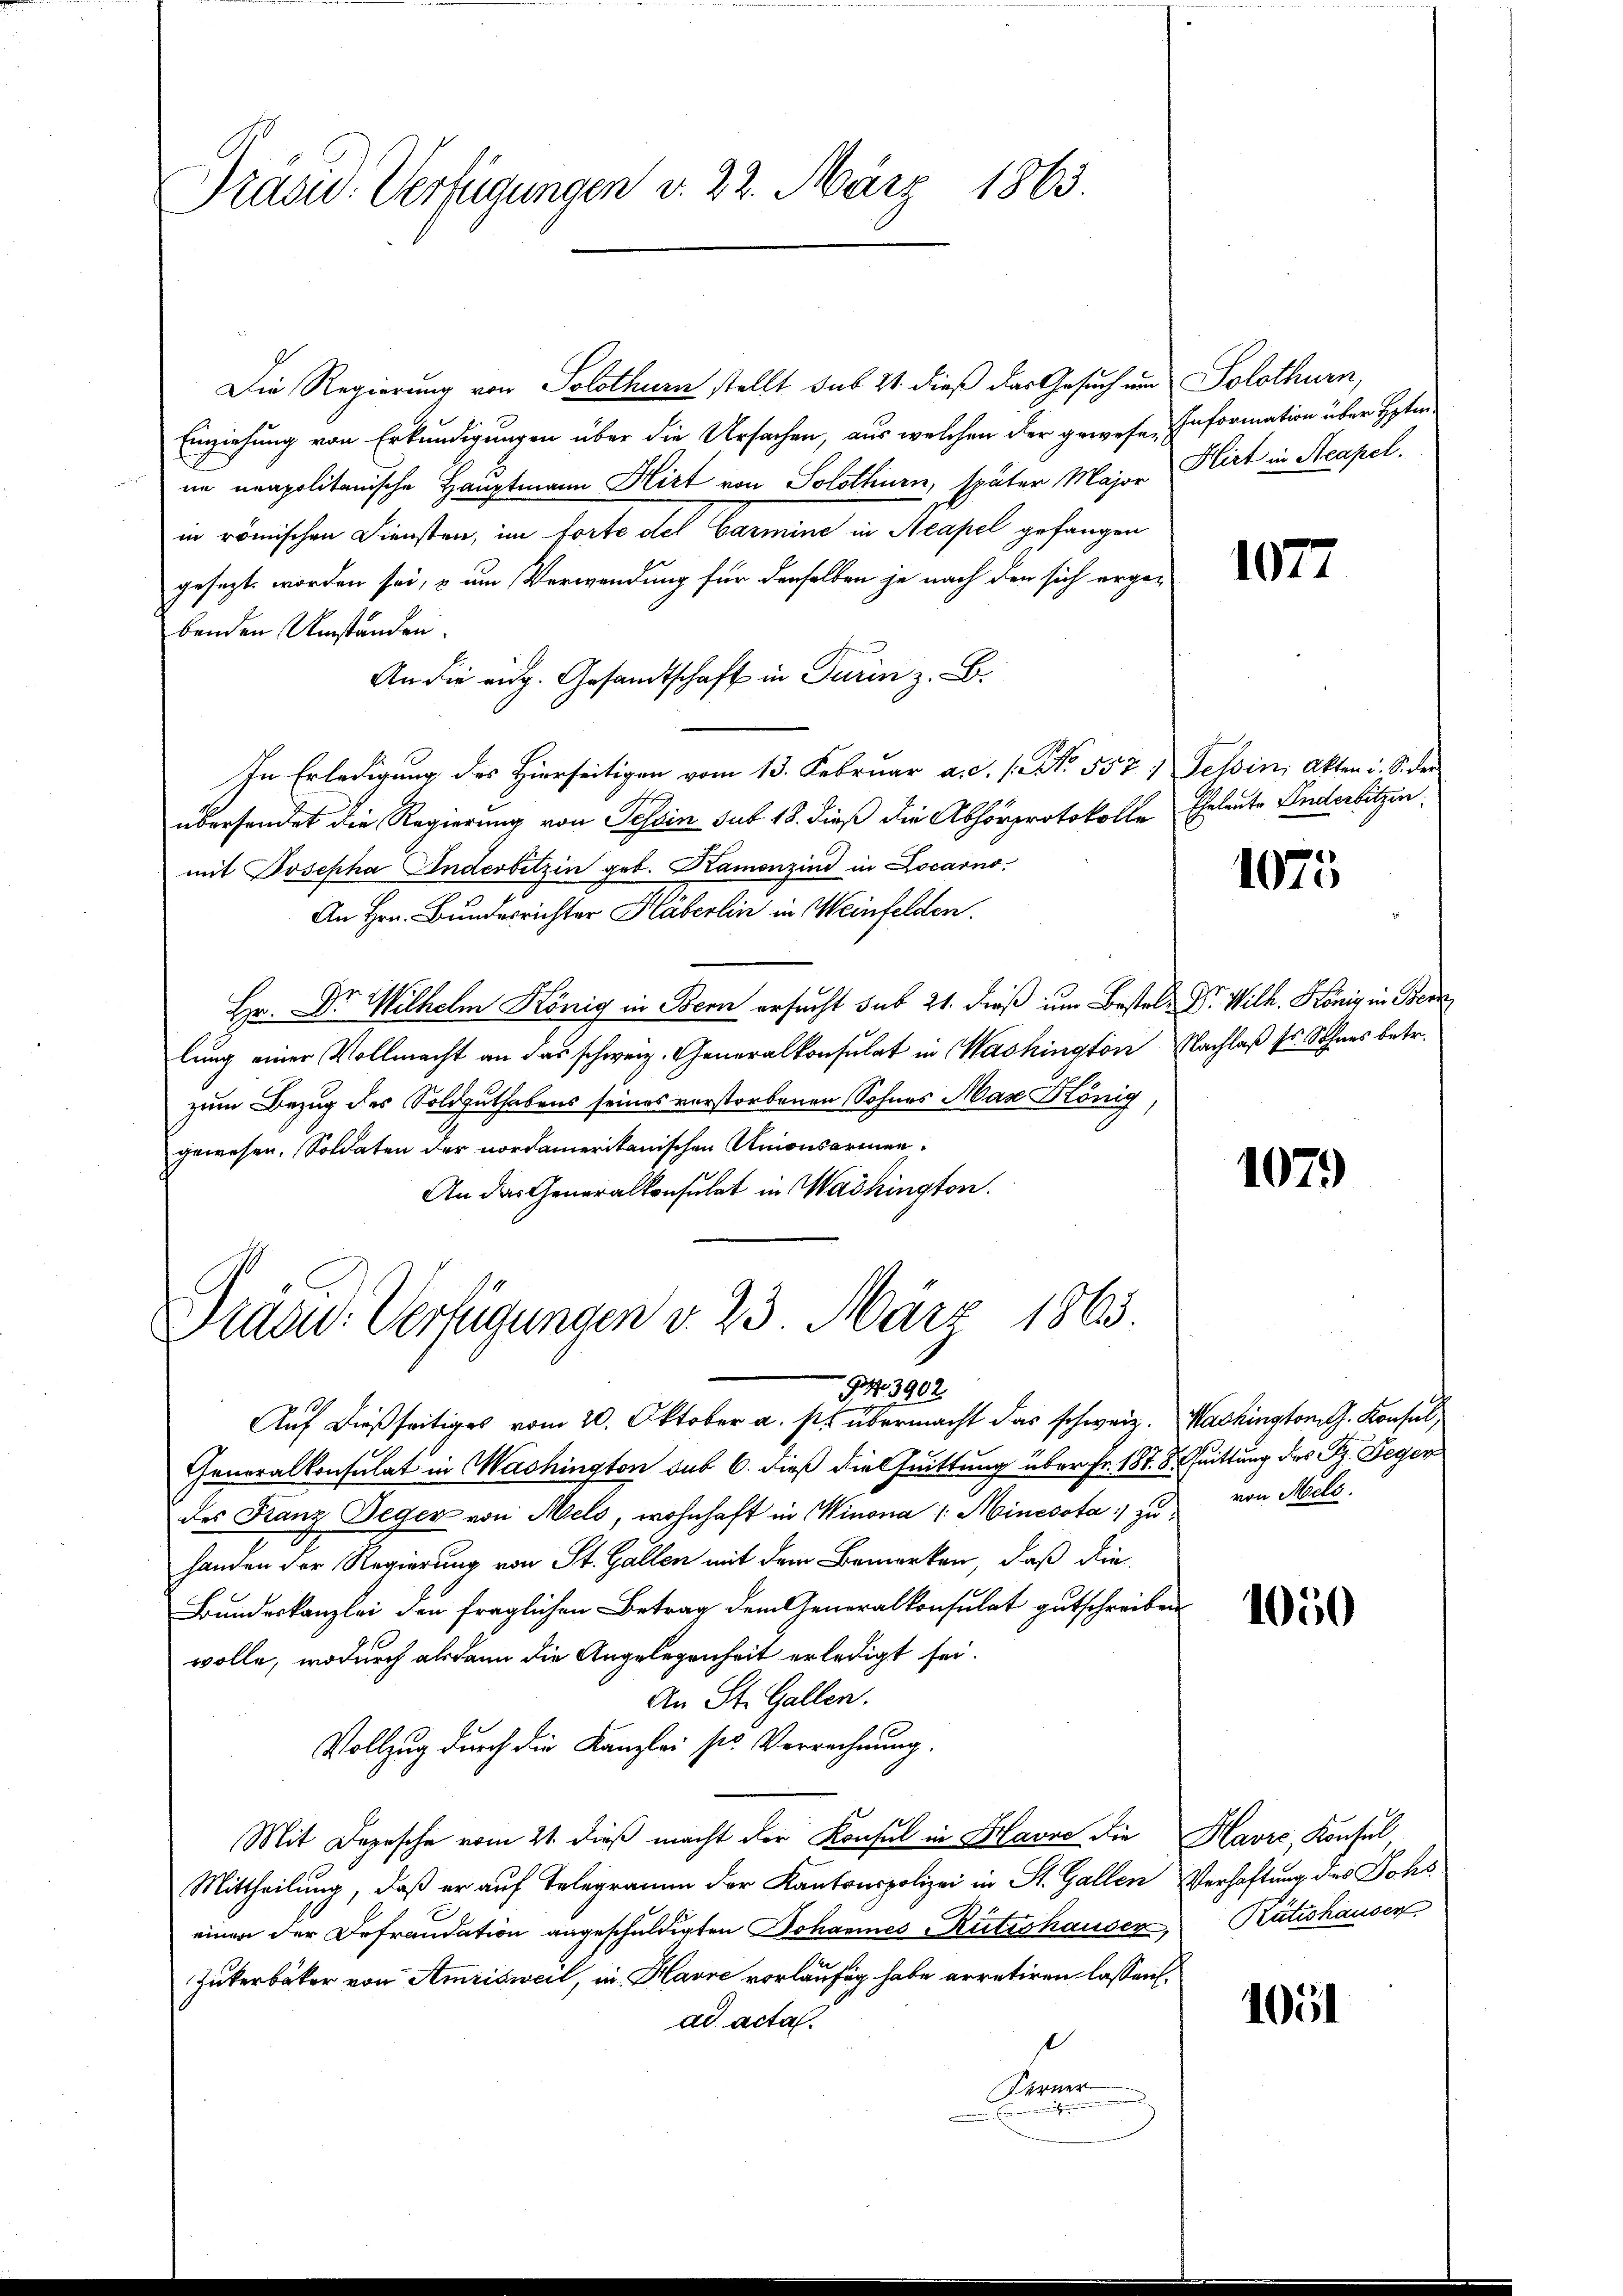
Präsid. Verfügungen v. 22. März 1863.

Die Regierung von Solothurn stellt sub 21. dieß das Gesuch und Solothurn,
Einziehung von Erkundigungen über die Ursachen, aus welchen der gewesen Information über Hetiim neapolitanische Hauptmann Hirt von Solothurn, später Major Flirt in Acapel.
in römischen Diensten, im forto del Barmine in Acapel gefangen
gesezt worden sei, & um Verwendung für denselben je nach den sich ergebenden Umständen.
An die eidg. Gesandtschaft in Turin z. B.
In Erledigung des Hierseitigen vom 13. Februar a. d. 1. No. 557. Tessin, Akten u. S. der
übersendet die Regierung von Tessin sub 18. dieß die Abhörprotokolle Eheleute Anderbitzen.
mit Josepha Anderbitzin geb. Kamenzind in Locarno,
An Hrn. Bundesrichter Häberlin in Weinfelden.
Hr. Dr. Wilhelm König in Bern ersucht sub 21. dieß um Bestel- Dr. Wilh. König in Bern
lung einer Vollmacht an das schweiz. Generalkonsulat in Washington Nachlaß sr. Sohnes betr.
zum Bezug des Soldguthabens seines verstorbenen Sohnes Mas König
gewesen. Soldaten der nordamerikanischen Unionsarmen¬
An das Generalkonsulat in Washington.

Dräder Verfügungen d. 23. März 1865.
943902

Auf dießseitiges vom 20. Oktober a. p. übermacht das schweiz. Washington G. Konsul,
Generalkonsulat in Washington sub 6. dieß die Quittung über Fr. 187. 8. Quittung des Sz. Gegen
des Franz Deger von Mels, wohnhaft in Minora /: Minesota zu von Mels.
handen der Regierung von St. Gallen mit dem Bemerken, daß die
Bundeskanzlei den fraglichen Betrag dem Generalkonsulat gutschreiben
wolle, wodurch alsdann die Angelegenheit erledigt sei.
An St. Gallen.
Vollzug durch die Kanzlei ser Verrechnung.
Mit Depesche vom 21. dieß macht der Konsul in Havre die Havre, Konsul
Mittheilung, daß er auf Telegramm der Kantonspolizei in St. Gallen Verhaftung des Johs
einen der Defraudation angeschuldigten Johannes Rütishauser, Rütishausen
Zukerbäker von Amrisweil, in Havre vorläufig habe arretiren lassen:
ad acta.
Dirne

1072

1075

1079

1050

1051